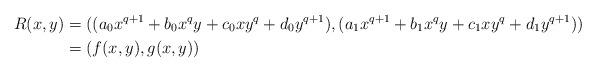
LaTeX: \begin{align*}R(x,y) &= ((a_0 x^{q+1} + b_0 x^qy + c_0 xy^q + d_0 y^{q+1}), (a_1 x^{q+1} + b_1 x^qy + c_1 xy^q + d_1 y^{q+1})) \\ &= (f(x,y),g(x,y))\end{align*}